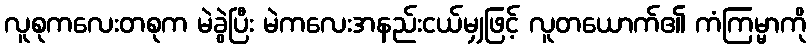
လူစုကလေးတစုက မဲခွဲပြီး မဲကလေးအနည်းငယ်မျှဖြင့် လူတယောက်၏ ကံကြမ္မာကို